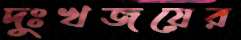
দুঃখজয়ের